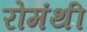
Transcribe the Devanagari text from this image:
रोमंथी